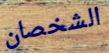
الشخصان